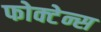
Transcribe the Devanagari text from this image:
फोक्टेन्स